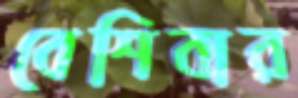
বেশিবার